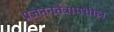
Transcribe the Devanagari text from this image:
प्रजननतंत्रामधील